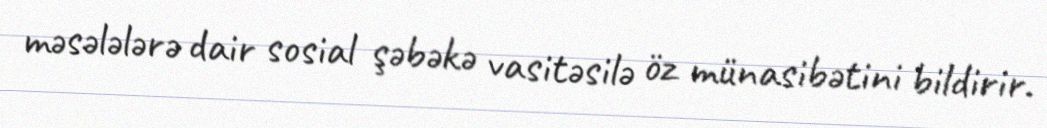
məsələlərə dair sosial şəbəkə vasitəsilə öz münasibətini bildirir.